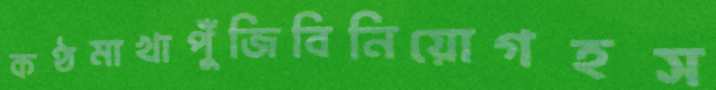
কণ্ঠমাখাপুঁজিবিনিয়োগহস